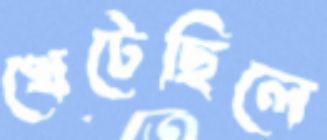
খেটেছিলে